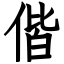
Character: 偕